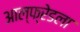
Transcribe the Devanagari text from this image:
आल्फ्रेडला